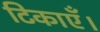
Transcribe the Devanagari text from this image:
टिकाएँ।